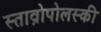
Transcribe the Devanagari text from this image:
स्ताव्रोपोलस्की